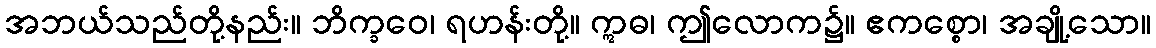
အဘယ်သည်တို့နည်း။ ဘိက္ခဝေ၊ ရဟန်းတို့။ ဣဓ၊ ဤလောက၌။ ဧကစ္စော၊ အချို့သော။